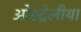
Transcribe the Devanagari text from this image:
ओस्ट्रेलीया